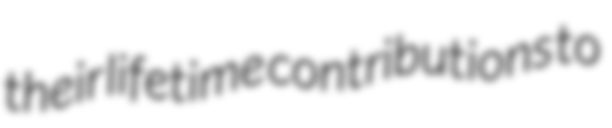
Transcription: their lifetime contributions to